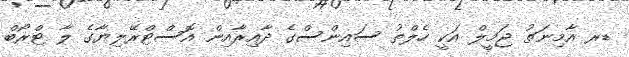
ޑރ އާމިނަތު ޖަމީލް އަކީ ހެލްތު ސައިންސްގެ ދާއިރާއިން އޮސްޓްރޭލިޔާގެ ލާ ޓްރޯބް